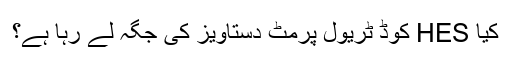
کیا HES کوڈ ٹریول پرمٹ دستاویز کی جگہ لے رہا ہے؟